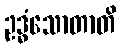
ဥဒ္ဓံသောတာတိ